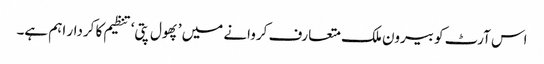
اس آرٹ کو بیرون ملک متعارف کروانے میں ’پھول پتی‘ تنظیم کا کردار اہم ہے۔